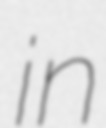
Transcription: in